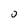
Character: 0